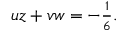
\begin{array} { r } { u z + v w = - \frac { 1 } { 6 } . } \end{array}